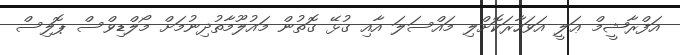
އަފްރާޝީމް ޢަލީ އަވަހާރަކޮށްލި މައްސަލަ އާއި ގުޅޭ ގޮތުން މައުލޫމާތުދިނުމަށް މޯލްޑިވްސް ޕޮލިސް